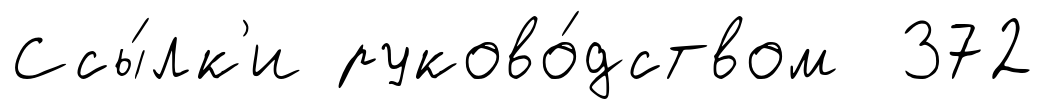
Ссы́лк'и руково́дством 372